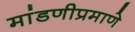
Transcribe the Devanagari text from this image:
मांडणीप्रमाणे